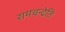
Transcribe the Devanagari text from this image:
रामचन्द्रेति